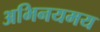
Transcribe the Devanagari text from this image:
अभिनयमय